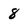
Character: 8